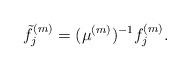
LaTeX: \begin{align*}\tilde f_j^{(m)}=(\mu^{(m)})^{-1}f_j^{(m)}.\end{align*}